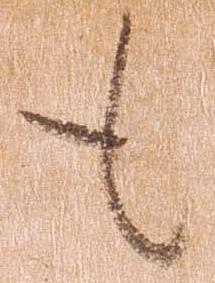
も